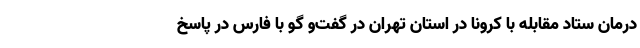
درمان ستاد مقابله با کرونا در استان تهران در گفت‌و گو با فارس در پاسخ